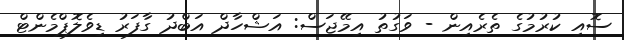
ސޮއި ކުރުމުގެ ތެރެއިން - ވަގުތު އިމޭޖަސް: އަޝްހާދް އަބްދު ގާފަރު ޑިވެލޮޕްމެންޓް